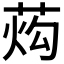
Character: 𰱙